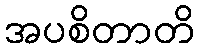
အပစိတာတိ